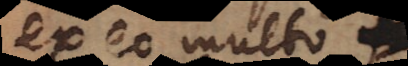
ex eo multo